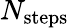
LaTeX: N_{\mathrm{steps}}